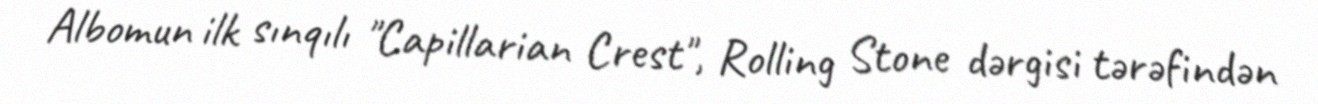
Albomun ilk sınqılı "Capillarian Crest", Rolling Stone dərgisi tərəfindən